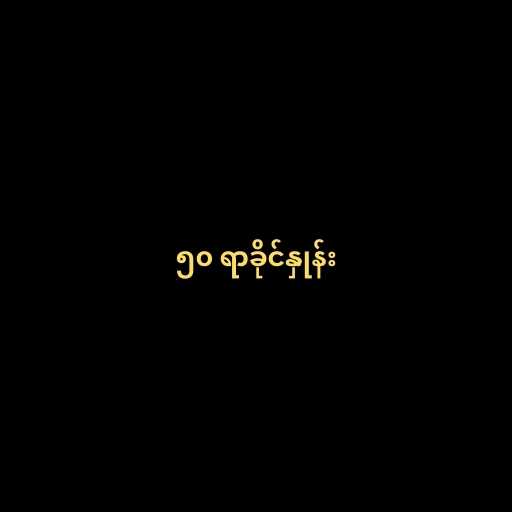
၅၀ ရာခိုင်နှုန်း